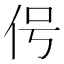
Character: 𬽱